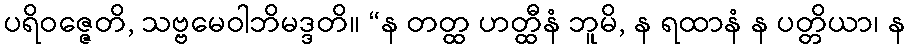
ပရိဝဇ္ဇေတိ, သဗ္ဗမေဝါဘိမဒ္ဒတိ။ “န တတ္ထ ဟတ္ထီနံ ဘူမိ, န ရထာနံ န ပတ္တိယာ၊ န